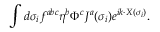
\int d \sigma _ { i } f ^ { a b c } \eta ^ { b } \Phi ^ { c } J ^ { a } ( \sigma _ { i } ) e ^ { i k \cdot X ( \sigma _ { i } ) } .